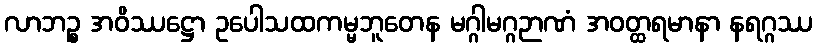
လာဘဉ္စ အဝိဿဋ္ဌော ဥပေါသထကမ္မဘူတေန မဂ္ဂါမဂ္ဂဉာဏံ အဝတ္ထရမာနာ နရဂ္ဂဿ